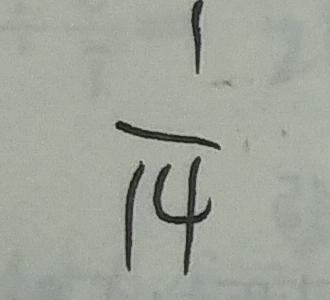
\frac { 1 } { 1 4 }